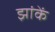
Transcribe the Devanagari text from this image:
झांकें